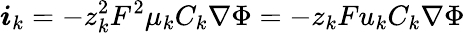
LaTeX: \boldsymbol{i}_{k}=-z_{k}^{2}F^{2}\mu_{k}C_{k}\nabla\Phi=-z_{k}Fu_{k}C_{k}\nabla\Phi